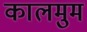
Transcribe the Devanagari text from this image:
कालमुम